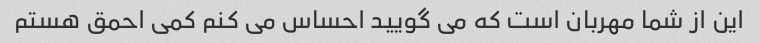
این از شما مهربان است که می گویید احساس می کنم کمی احمق هستم